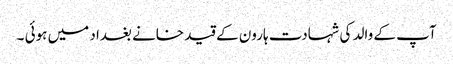
آپ کے والد کی شہادت ہارون کے قید خانے بغداد میں ہوئی ۔